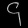
Digit: ၄